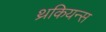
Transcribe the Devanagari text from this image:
थ्रकियन्स